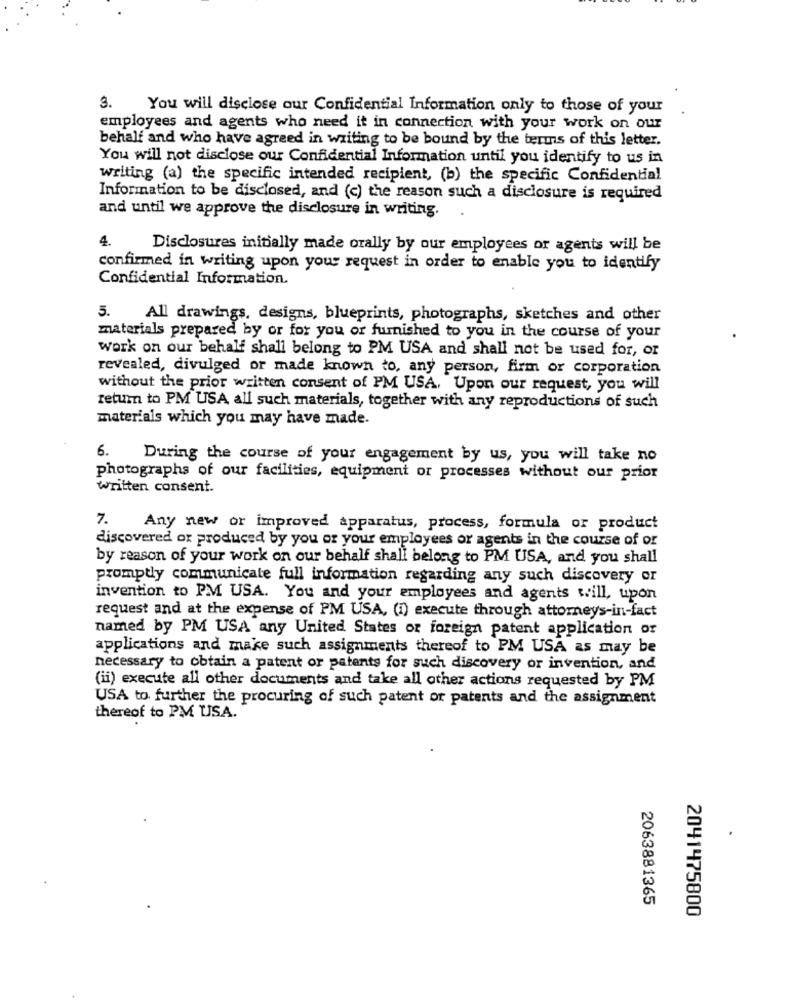
3.
You will disclose our Confidential Information only to those of your
employees and agents who need it in connection with your work on our
behalf and who have agreed in writing to be bound by the terms of this letter.
You will not disclose our Confidential Information until you identify to us in
writing (a) the specific intended recipient, (b) the specific Confidential
Information to be disclosed, and (c) the reason such a disclosure is required
and until we approve the disclosure in writing.
4.
Disclosures initially made orally by our employees or agents will be
confirmed in writing upon your request in order to enable you to identify
Confidential Information.
5.
All drawings, designs, blueprints, photographs, sketches and other
materials prepared by or for you or furnished to you in the course of your
work on our behalf shall belong to PM USA and shall not be used for, or
revealed, divulged or made known to, any person, firm or corporation
without the prior written consent of PM USA, Upon our request, you will
return to PM USA all such materials, together with any reproductions of such
materials which you may have made.
6. During the course of your engagement by us, you will take no
photographs of our facilities, equipment or processes without our prior
written consent.
7.
Any new or improved apparatus, process, formula or product
discovered or produced by you or your employees or agents in the course of or
by reason of your work on our behalf shall belong to PM USA, and you shall
promptly communicate full information regarding any such discovery or
invention to PM USA. You and your employees and agents will, upon
request and at the expense of PM USA, (i) execute through attorneys-in-fact
named by PM USA any United States or foreign patent application or
applications and make such assignments thereof to PM USA as may be
necessary to obtain a patent or patents for such discovery or invention, and
(ii) execute all other documents and take all other actions requested by PM
USA to further the procuring of such patent or patents and the assignment
thereof to PM USA.
2063881365
2041475800